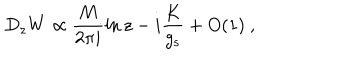
D _ { z } W \propto \frac { M } { 2 \pi i } \ln z - i \frac { K } { g _ { \mathrm { s } } } + O ( 1 ) \ ,